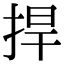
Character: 捍